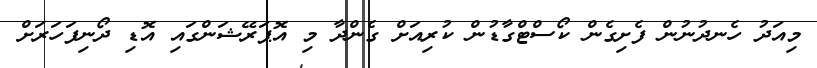
މިއަދު ހެނދުނުން ފެށިގެން ކޯސްޓްގާޑުން ކުރިއަށް ގެންދާ މި އޮޕަރޭޝަންގައި އޮޑި ދޯނިފަހަރަށް